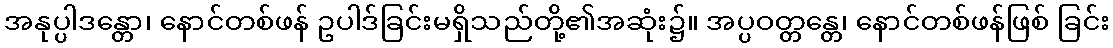
အနုပ္ပါဒန္တော၊ နောင်တစ်ဖန် ဥပါဒ်ခြင်းမရှိသည်တို့၏အဆုံး၌။ အပ္ပဝတ္တန္တေ၊ နောင်တစ်ဖန်ဖြစ် ခြင်း